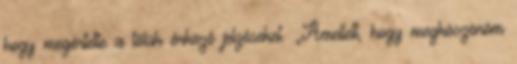
hogy megértette a tőlük érkező jelzéseket. „Amellett, hogy megköszönöm